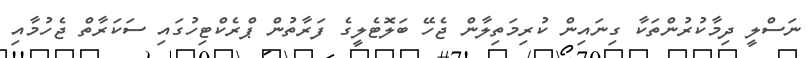
ނަސްލީ ދިމާކުރުންތަކާ ގިނައިން ކުރިމަތިލާން ޖެހޭ ބަލޮޓެލީގެ ފަރާތުން ޕްރެކްޓިހުގައި ސަކަރާތް ޖެހުމާއި